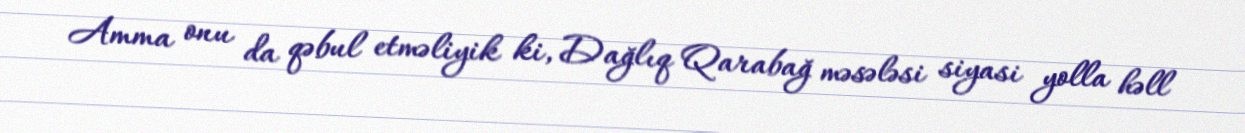
Amma onu da qəbul etməliyik ki, Dağlıq Qarabağ məsələsi siyasi yolla həll